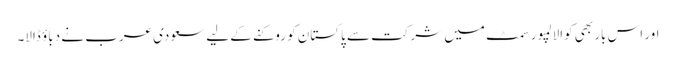
اور اس بار بھی کوالالمپور سمٹ میں شرکت سے پاکستان کو روکنے کے لیے سعودی عرب نے دباؤ ڈالا۔